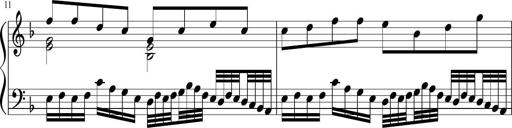
Title: Sonatina in F major
Composer: Ethan Ngo
Key: F major